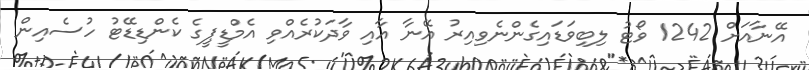
އޭނާއަށް 1242 ވޯޓު ލިބިވަޑައިގެންނެވިއިރު އޭނާ އާއި ވާދަކުރެއްވި އެމްޑީޕީގެ ކެންޑިޑޭޓު ހުސެއިން